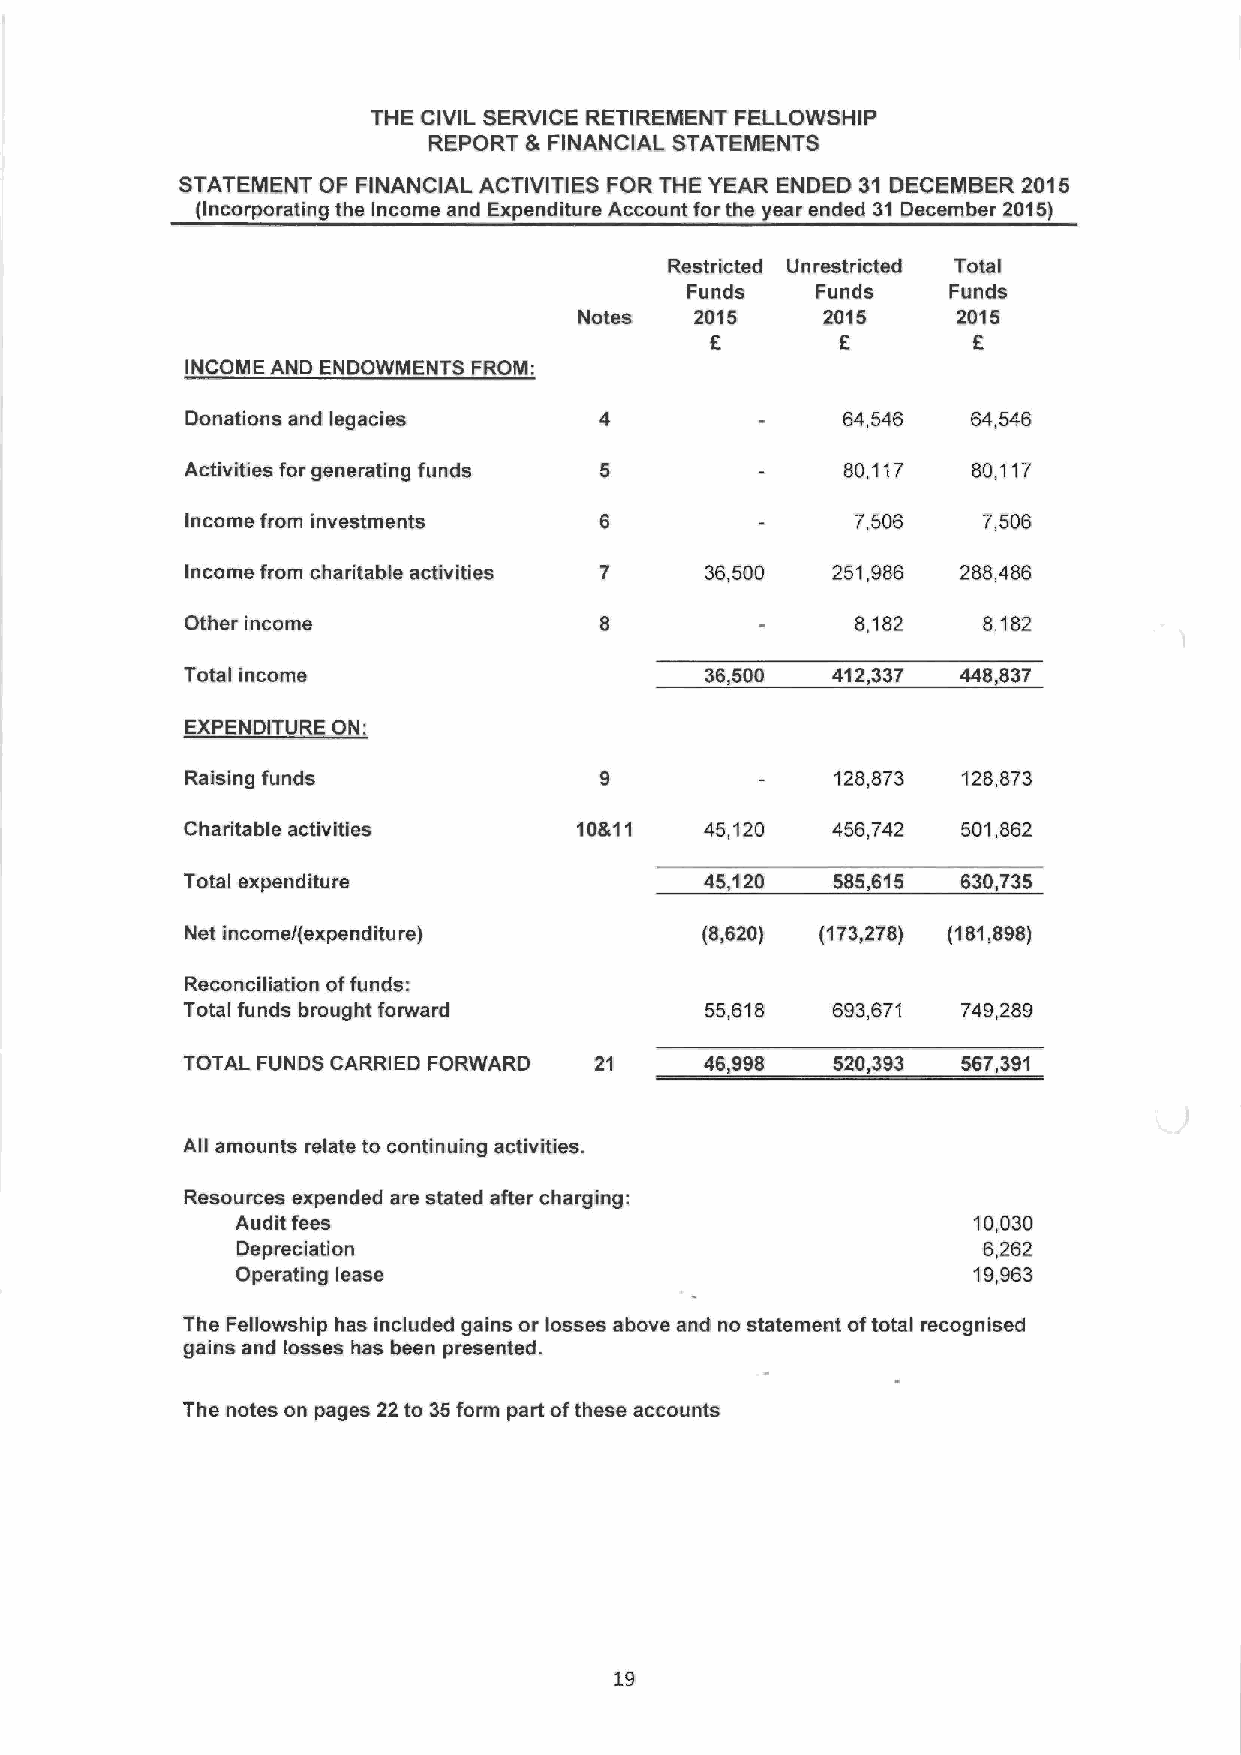
THE CIVIL SERVICE RETIREMENT FELLOWSHIP
 REPORT 8 FINANCIAL STATEMENTS
 STATEMENT QF FINANCIAL ACTIVITIES FOR THE YEAR ENDED 31 DECENIBER 2016
 (Incorporating the Income and Expenditure Account for the year ended 31 December 2015}
 Restricted Unrestricted Total
 Funds    Funds    Funds
 Notes   2015    2015     2015
 6        6       6
 INCOME AND ENDOWMENTS FROM
 Donations and legacies                      64,546  64,546
 Activities for generating funds             80,117  80,117
 Income from investments                      7,506   7,506
 income from charitable activities  36,500  251,986  288,486
 Other income                                 8,182   8,182
 Total income                       36,500  412,337  448,837
 EXPENDITURE ON:
 Raising funds                              128,6/3  128,873
 Charitable activities     10811    45,120  456,742  501,862
 Total expenditure                  45,120  585,615  630,735
 Net income/(expenditure)          (8,620) (173,278) (181,898)
 Reconciliation offunds:
 Total funds brought forward        55,618  693,671  749,289
 TOTAL FUNDS CARRIED FORWARD 21     45,998  520,393  567,391
 All amounts relate to continuing activities.
 Resources expended are stated after charging:
 Audit fees                                      10,030
 Depreciation                                     6,262
 Operating lease                                 19,963
 The Fellowship has included gains or losses above and no statement oftotal recognised
 gains and losses has been presented.
 The notes on pages 22 to 35form part ofthese accounts
 19